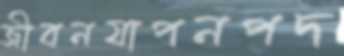
জীবনযাপনপদ